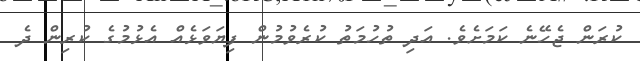
ކުރަން ޖެހޭނެ ކަމަށެވެ. އަދި ތުހުމަތު ކުރެވުމުން ފިޔަވަޅެއް އެޅުމުގެ ކުރިން ދެ